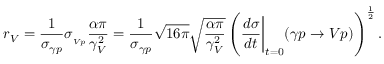
r _ { V } = \frac { 1 } { \sigma _ { \gamma p } } \sigma _ { _ { V p } } \frac { \alpha \pi } { \gamma _ { V } ^ { 2 } } = \frac { 1 } { \sigma _ { \gamma p } } \sqrt { 1 6 \pi } \sqrt { \frac { \alpha \pi } { \gamma _ { V } ^ { 2 } } } \left( \frac { d \sigma } { d t } \biggl | _ { t = 0 } \biggr . ( \gamma p \rightarrow V p ) \right) ^ { \frac { 1 } { 2 } } .